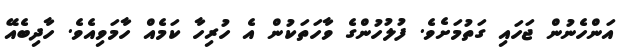
އަންހެނުން ޖަހައި ގަތުމަށެވެ. ފުލުހުންގެ ވާހަތަކުން އެ ހުރިހާ ކަމެއް ހާމަވިއެވެ. ހާދިބެއޭ